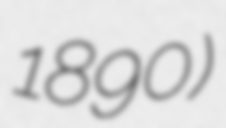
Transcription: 1890)